Lunatic asylums Central Provinces reports 1910-1926 - 1910-1926
Year: 1910
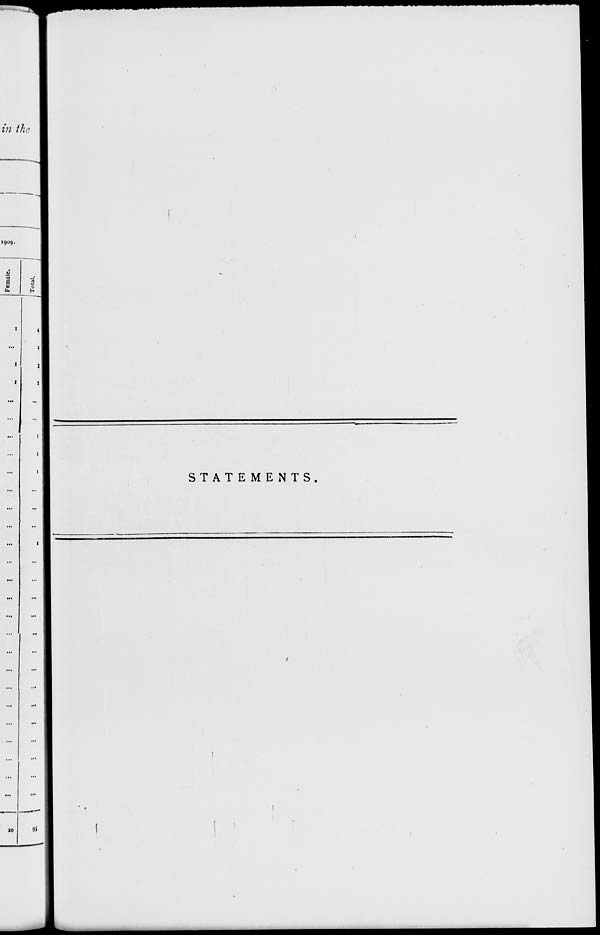
STATEMENTS.